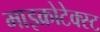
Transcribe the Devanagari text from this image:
माइक्रोटेक्स्ट